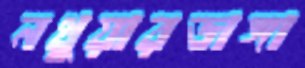
নথুয়ারডাঙ্গা